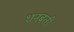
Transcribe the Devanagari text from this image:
धनबती